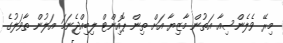
މިރޭ ވެލެންސިއާ އަތުން މާޒިޔާ އަށް ތިން ޕޮއިންޓް ލިބިއްޖެނަމަ އަލުން ތާވަލުގެ